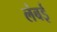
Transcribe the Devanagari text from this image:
लंबई